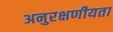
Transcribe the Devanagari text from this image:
अनुरक्षणीयता